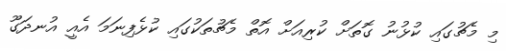
މި މެޗުގައި ކުޅުނު ގޮތަށް ކުރިއަށް އޮތް މެޗުތަކުގައި ކުޅެފިނަމަ އެއީ އުނދަގޫ